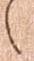
之